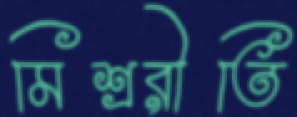
মিশ্ররীতি